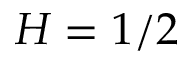
H = 1 / 2